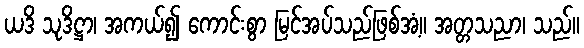
ယဒိ သုဒိဋ္ဌာ၊ အကယ်၍ ကောင်းစွာ မြင်အပ်သည်ဖြစ်အံ့။ အတ္တသညာ၊ သည်။